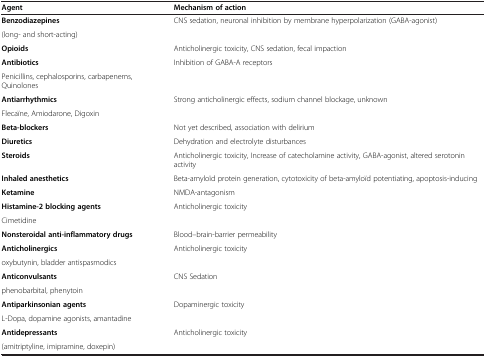
<table><thead><tr><td><b>Agent</b></td><td><b>Mechanism of action</b></td></tr></thead><tbody><tr><td><b>Benzodiazepines</b></td><td rowspan="2">CNS sedation, neuronal inhibition by membrane hyperpolarization (GABA-agonist)</td></tr><tr><td>(long- and short-acting)</td></tr><tr><td><b>Opioids</b></td><td>Anticholinergic toxicity, CNS sedation, fecal impaction</td></tr><tr><td><b>Antibiotics</b></td><td rowspan="2">Inhibition of GABA-A receptors</td></tr><tr><td>Penicillins, cephalosporins, carbapenems, Quinolones</td></tr><tr><td><b>Antiarrhythmics</b></td><td rowspan="2">Strong anticholinergic effects, sodium channel blockage, unknown</td></tr><tr><td>Flecaïne, Amiodarone, Digoxin</td></tr><tr><td><b>Beta-blockers</b></td><td>Not yet described, association with delirium</td></tr><tr><td><b>Diuretics</b></td><td>Dehydration and electrolyte disturbances</td></tr><tr><td><b>Steroids</b></td><td>Anticholinergic toxicity, Increase of catecholamine activity, GABA-agonist, altered serotonin activity</td></tr><tr><td><b>Inhaled anesthetics</b></td><td>Beta-amyloïd protein generation, cytotoxicity of beta-amyloïd potentiating, apoptosis-inducing</td></tr><tr><td><b>Ketamine</b></td><td>NMDA-antagonism</td></tr><tr><td><b>Histamine-2 blocking agents</b></td><td rowspan="2">Anticholinergic toxicity</td></tr><tr><td>Cimetidine</td></tr><tr><td><b>Nonsteroidal anti-inflammatory drugs</b></td><td>Blood–brain-barrier permeability</td></tr><tr><td><b>Anticholinergics</b></td><td rowspan="2">Anticholinergic toxicity</td></tr><tr><td>oxybutynin, bladder antispasmodics</td></tr><tr><td><b>Anticonvulsants</b></td><td rowspan="2">CNS Sedation</td></tr><tr><td>phenobarbital, phenytoin</td></tr><tr><td><b>Antiparkinsonian agents</b></td><td rowspan="2">Dopaminergic toxicity</td></tr><tr><td>L-Dopa, dopamine agonists, amantadine</td></tr><tr><td><b>Antidepressants</b></td><td>Anticholinergic toxicity</td></tr><tr><td>(amitriptyline, imipramine, doxepin)</td><td> </td></tr></tbody></table>